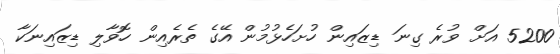
5200 އަށް ވުރެ ގިނަ ޑިޒައިން ހުށަހެޅުމުން އޭގެ ތެރެއިން ހޮވާލި ޑިޒައިނަކާ